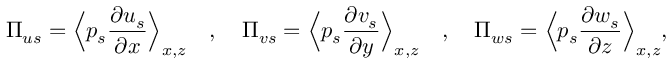
\Pi _ { u s } = \Bigl \langle p _ { s } \frac { \partial u _ { s } } { \partial x } \Bigr \rangle _ { x , z } \quad , \quad \Pi _ { v s } = \Bigl \langle p _ { s } \frac { \partial v _ { s } } { \partial y } \Bigr \rangle _ { x , z } \quad , \quad \Pi _ { w s } = \Bigl \langle p _ { s } \frac { \partial w _ { s } } { \partial z } \Bigr \rangle _ { x , z } , \: